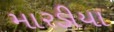
મારડીયા